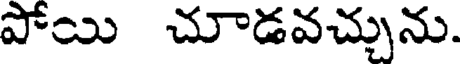
పోయి చూడవచ్చును.